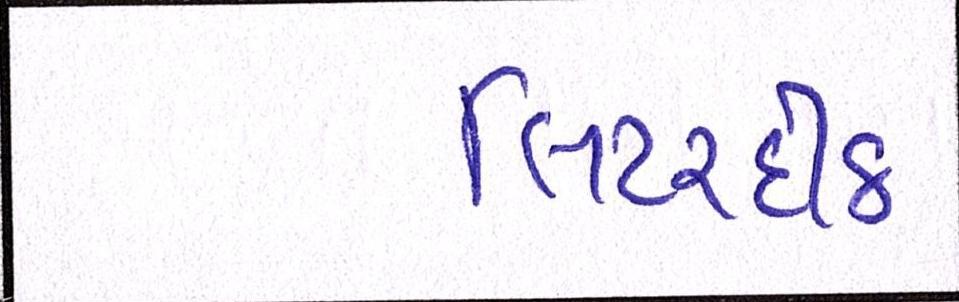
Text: લિટરદીઠ